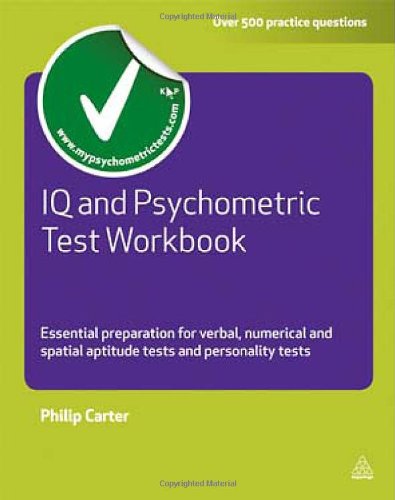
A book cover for IQ and Psychometric Test Workbook: Essential Preparation for Verbal, Numerical and Spatial Aptitude Tests and Personality Tests (Testing Series); Philip Carter; Reference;